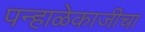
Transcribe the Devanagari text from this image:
पन्हाळेकाजीचा